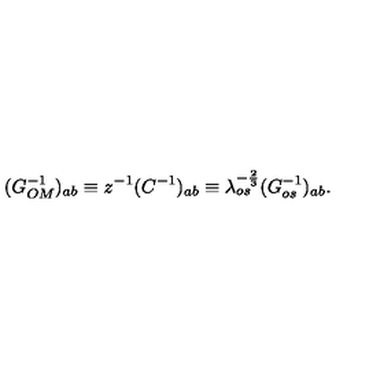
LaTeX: ( G _ { O M } ^ { - 1 } ) _ { a b } \equiv z ^ { - 1 } ( C ^ { - 1 } ) _ { a b } \equiv \lambda _ { o s } ^ { - { \frac { 2 } { 3 } } } ( G _ { o s } ^ { - 1 } ) _ { a b } .